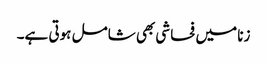
زنا میں فحاشی بھی شامل ہوتی ہے۔